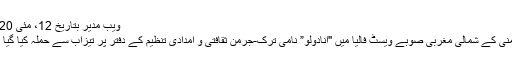
ویب مدیر بتاریخ 12، مئی 2020
جرمنی کے شمالی مغربی صوبے ویسٹ فالیا میں "انادولو” نامی ترک-جرمن ثقافتی و امدادی تنظیم کے دفتر پر تیزاب سے حملہ کیا گیا ہے۔